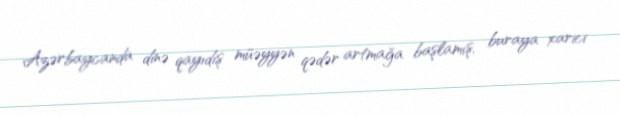
Azərbaycanda dinə qayıdış müəyyən qədər artmağa başlamış, buraya xarici